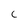
Character: C